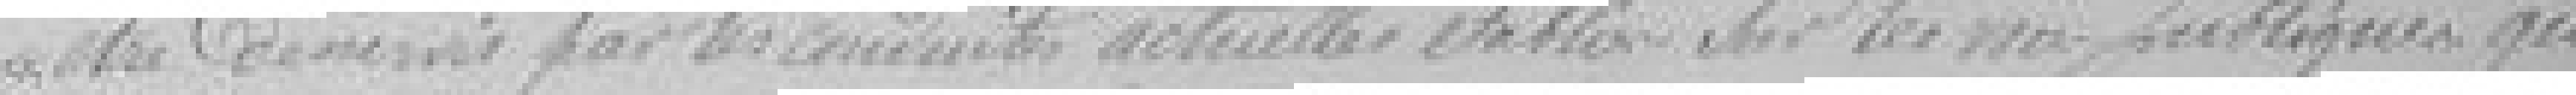
être desservis par les conduites actuelles sur les voies publiques qui